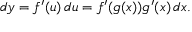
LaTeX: d y = f ^ { \prime } ( u ) \, d u = f ^ { \prime } ( g ( x ) ) g ^ { \prime } ( x ) \, d x .